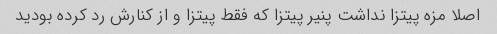
اصلا مزه پیتزا نداشت پنیر پیتزا که فقط پیتزا و از کنارش رد کرده بودید